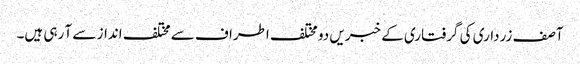
آصف زرداری کی گرفتاری کے خبریں دو مختلف اطراف سے مختلف انداز سے آ رہی ہیں۔